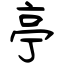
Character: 亭